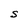
Character: S